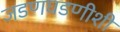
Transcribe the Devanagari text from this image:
जडणघडणीशी